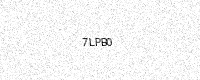
Text: 7LPB0